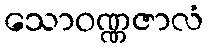
သောဝဏ္ဏဇာလံ